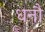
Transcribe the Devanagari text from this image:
धनौ